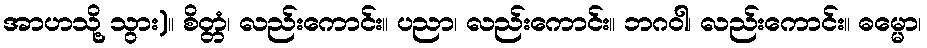
အာဟသို့ သွား)။ စိတ္တံ၊ လည်းကောင်း။ ပညာ၊ လည်းကောင်း။ ဘဂဝါ၊ လည်းကောင်း။ ဓမ္မော၊